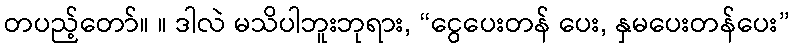
တပည့်တော်။ ။ ဒါလဲ မသိပါဘူးဘုရား, “ငွေပေးတန် ပေး, နှမပေးတန်ပေး”